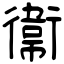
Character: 衞